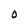
Character: O